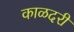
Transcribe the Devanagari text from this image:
काळदरी